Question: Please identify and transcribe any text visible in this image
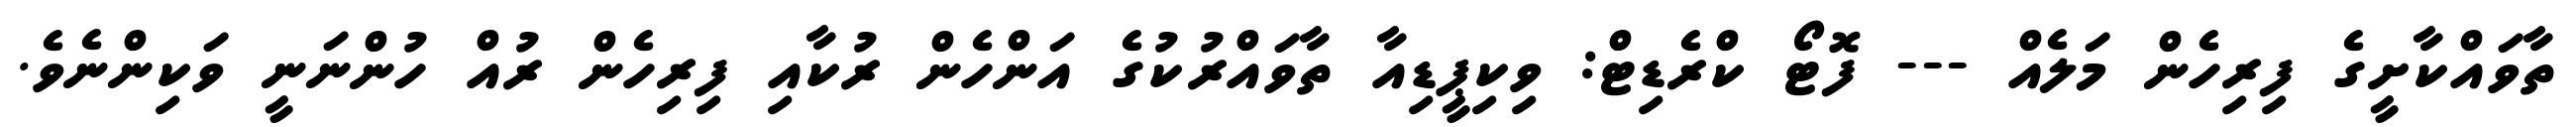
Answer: ތާވައްކާށީގެ ފިރިހެން މަލެއް --- ފޮޓޯ ކްރެޑިޓް: ވިކިޕީޑިއާ ތާވައްރުކުގެ އަންހެން ރުކާއި ފިރިހެން ރުއް ހުންނަނީ ވަކިންނެވެ.